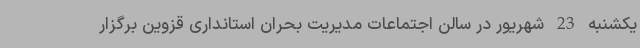
یکشنبه 23 شهریور در سالن اجتماعات مدیریت بحران استانداری قزوین برگزار